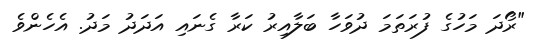
"ރޯދަ މަހުގެ ފުރަތަމަ ދުވަހާ ބަލާއިރު ކަރާ ގެނައި އަދަދު މަދު. އެހެންވެ